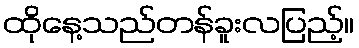
ထိုနေ့သည်တန်ခူးလပြည့်။